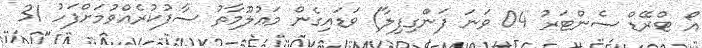
އޯ ޓްރޭޑް ސެންޓަރު 04 ވަނަ ފަންގިފިލާ) ވަޑައިގެން މަޢުލޫމާތު ސާފުކުރެއްވުމަށްފަހު 31